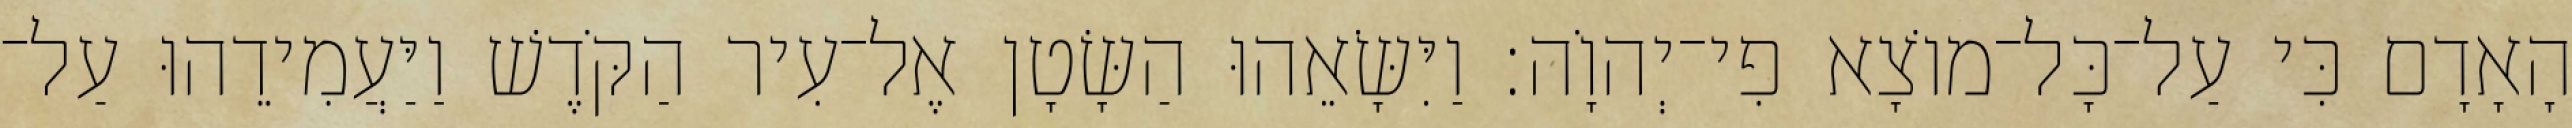
הָאָדָם כִּי עַל־כָּל־מוֹצָא פִי־יְהוָֹה׃ וַיִּשָּׂאֵהוּ הַשָּׂטָן אֶל־עִיר הַקֹּדֶשׁ וַיַּעֲמִידֵהוּ עַל־